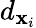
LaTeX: d_{\mathbf{x}_{i}}